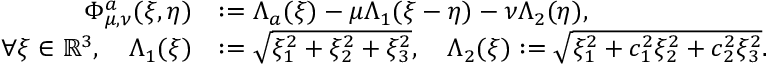
\begin{array} { r l } { \Phi _ { \mu , \nu } ^ { a } ( \xi , \eta ) } & { : = \Lambda _ { a } ( \xi ) - \mu \Lambda _ { 1 } ( \xi - \eta ) - \nu \Lambda _ { 2 } ( \eta ) , } \\ { \forall \xi \in \mathbb { R } ^ { 3 } , \quad \Lambda _ { 1 } ( \xi ) } & { : = \sqrt { \xi _ { 1 } ^ { 2 } + \xi _ { 2 } ^ { 2 } + \xi _ { 3 } ^ { 2 } } , \quad \Lambda _ { 2 } ( \xi ) : = \sqrt { \xi _ { 1 } ^ { 2 } + c _ { 1 } ^ { 2 } \xi _ { 2 } ^ { 2 } + c _ { 2 } ^ { 2 } \xi _ { 3 } ^ { 2 } } . } \end{array}